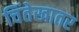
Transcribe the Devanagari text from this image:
चिंतेखातर